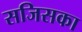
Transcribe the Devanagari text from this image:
सजिसका